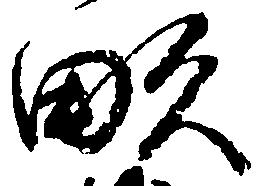
畝